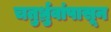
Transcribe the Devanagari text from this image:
चतुर्ध्रुवांपासून